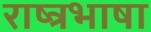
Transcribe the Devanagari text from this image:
राष्त्रभाषा